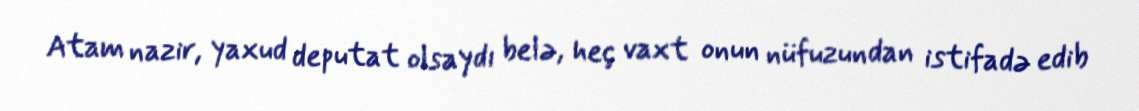
Atam nazir, yaxud deputat olsaydı belə, heç vaxt onun nüfuzundan istifadə edib